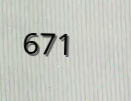
671